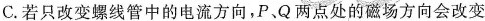
C.若只改变螺线管中的电流方向，P、Q两点处的磁场方向会改变